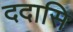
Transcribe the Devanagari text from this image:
ददासि